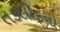
તકલીફનો